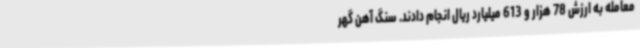
معامله به ارزش 78 هزار و 613 میلیارد ریال انجام دادند. سنگ آهن گهر